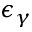
\epsilon _ { \gamma }